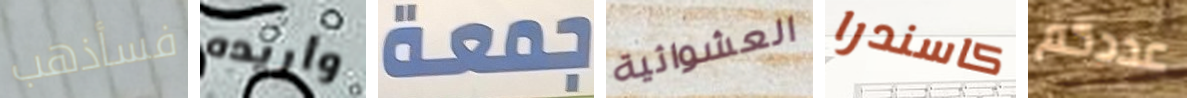
فسأذهب وأريده جمعة العشوائية كاسندرا عددكم